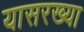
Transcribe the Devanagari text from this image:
यासरख्या